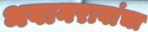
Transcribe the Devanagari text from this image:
भवानरावांचा